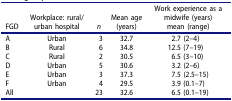
<table><thead><tr><td><b>FGD</b></td><td><b>Workplace: rural/urban hospital</b></td><td><b><i>n</i></b></td><td><b>Mean age (years)</b></td><td><b>Work experience as a midwife (years)mean (range)</b></td></tr></thead><tbody><tr><td>A</td><td>Urban</td><td>3</td><td>32.7</td><td>2.7 (2–4)</td></tr><tr><td>B</td><td>Rural</td><td>6</td><td>34.8</td><td>12.5 (7–19)</td></tr><tr><td>C</td><td>Rural</td><td>2</td><td>30.5</td><td>6.5 (3–10)</td></tr><tr><td>D</td><td>Urban</td><td>5</td><td>30.6</td><td>3.2 (2–6)</td></tr><tr><td>E</td><td>Urban</td><td>3</td><td>37.3</td><td>7.5 (2.5–15)</td></tr><tr><td>F</td><td>Urban</td><td>4</td><td>29.5</td><td>3.9 (0.1–7)</td></tr><tr><td>All</td><td> </td><td>23</td><td>32.6</td><td>6.5 (0.1–19)</td></tr></tbody></table>